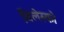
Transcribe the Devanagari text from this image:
विलेस्को